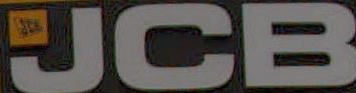
JCB